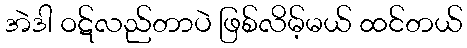
အဲဒါ ဝဋ်လည်တာပဲ ဖြစ်လိမ့်မယ် ထင်တယ်